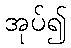
အုပ်၍